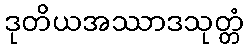
ဒုတိယအဿာဒသုတ္တံ